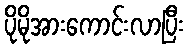
ပိုမိုအားကောင်းလာပြီး